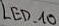
Text: LED_10